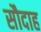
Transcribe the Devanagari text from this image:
सौदाह